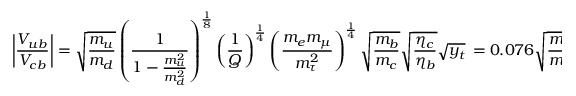
\left| { \frac { V _ { u b } } { V _ { c b } } } \right| = \sqrt { { \frac { m _ { u } } { m _ { d } } } } \left( { \frac { 1 } { 1 - { \frac { m _ { u } ^ { 2 } } { m _ { d } ^ { 2 } } } } } \right) ^ { { \frac { 1 } { 8 } } } \left( { \frac { 1 } { Q } } \right) ^ { { \frac { 1 } { 4 } } } \left( { \frac { m _ { e } m _ { \mu } } { m _ { \tau } ^ { 2 } } } \right) ^ { { \frac { 1 } { 4 } } } \sqrt { { \frac { m _ { b } } { m _ { c } } } } \sqrt { { \frac { \eta _ { c } } { \eta _ { b } } } } \sqrt { y _ { t } } \, = 0 . 0 7 6 \sqrt { { \frac { m _ { u } } { m _ { d } } } } \left( { \frac { 1 } { 1 - { \frac { m _ { u } ^ { 2 } } { m _ { d } ^ { 2 } } } } } \right) ^ { { \frac { 1 } { 8 } } }